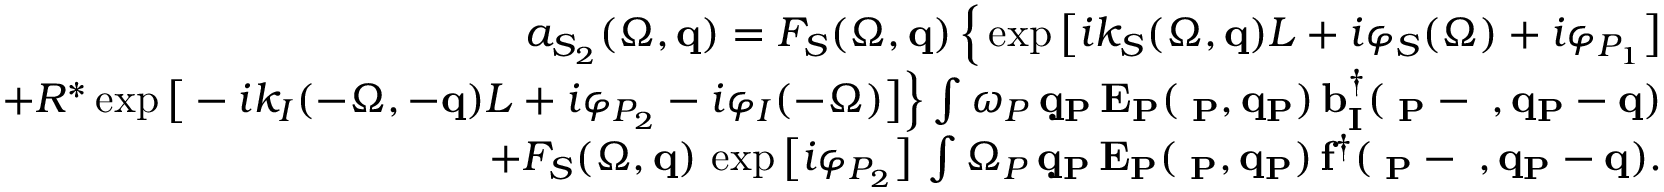
\begin{array} { r l r } & { } & { a _ { S _ { 2 } } ( \Omega , { \bf q } ) = F _ { S } ( \Omega , { \bf q } ) \, \Big \{ \exp \big [ i k _ { S } ( \Omega , { \bf q } ) L + i \varphi _ { S } ( \Omega ) + i \varphi _ { P _ { 1 } } \big ] } \\ & { } & { + R ^ { * } \exp \big [ - i k _ { I } ( - \Omega , - { \bf q } ) L + i \varphi _ { P _ { 2 } } - i \varphi _ { I } ( - \Omega ) \big ] \Big \} \int \d \omega _ { P } \, \d { \bf q } _ { P } \, E _ { P } ( \Omega _ { P } , { \bf q } _ { P } ) \, b _ { I } ^ { \dagger } ( \Omega _ { P } - \Omega , { \bf q } _ { P } - { \bf q } ) } \\ & { } & { + F _ { S } ( \Omega , { \bf q } ) \, \exp \big [ i \varphi _ { P _ { 2 } } \big ] \, \int \d \Omega _ { P } \, \d { \bf q } _ { P } \, E _ { P } ( \Omega _ { P } , { \bf q } _ { P } ) \, f ^ { \dagger } ( \Omega _ { P } - \Omega , { \bf q } _ { P } - { \bf q } ) . } \end{array}